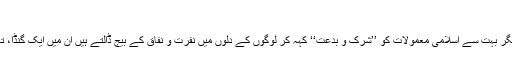
‘‘
آج کل بعض لوگ جہاں دیگر بہت سے اسلامی معمولات کو ’’شرک و بدعت‘‘ کہہ کر لوگوں کے دلوں میں نفرت و نفاق کے بیج ڈالتے ہیں اُن میں ایک گنڈا، تعویذ اور دم درود بھی ہے۔